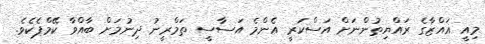
މިއީ ޣައްޒާގެ ރައްޔިތުންނަށް އަސްކަރީ އެންމެ އަސާސީ ތަމްރީނު ދިނުމަށް ބާއްވާ ކޭމްޕެކެވެ.